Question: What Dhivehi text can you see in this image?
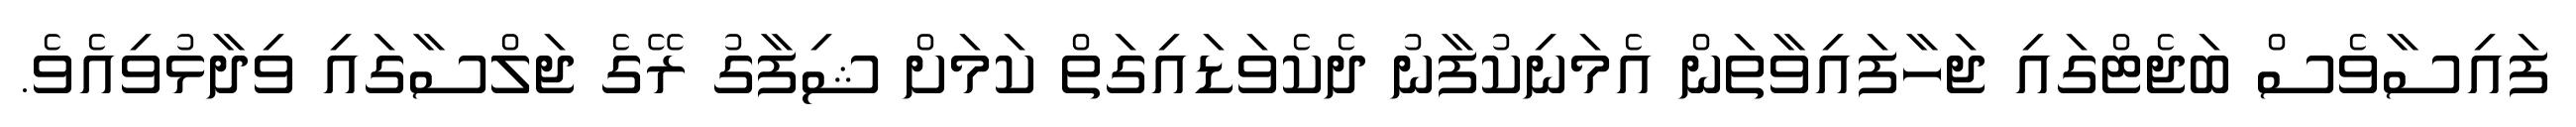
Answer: ފައިސާވެސް ބަޖެޓްގައި ޖަހާފައިވާތަން އެމަނިކުފާނު ދެކެވަޑައިގަތް ކަމަށް ޝިފާގު ރޭގެ ޖަލްސާގައި ވިދާޅުވިއެވެ.